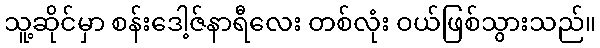
သူ့ဆိုင်မှာ စန်းဒေါ့ဇ်နာရီလေး တစ်လုံး ဝယ်ဖြစ်သွားသည်။